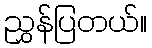
ညွှန်ပြတယ်။